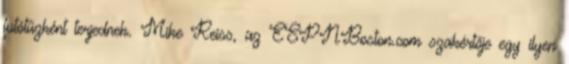
futótűzként terjednek. Mike Reiss, az ESPNBoston.com szakértője egy ilyen